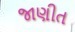
જાણીત